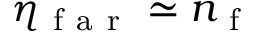
\eta _ { \mathrm { ~ f ~ a ~ r ~ } } \simeq n _ { \mathrm { ~ f ~ } }